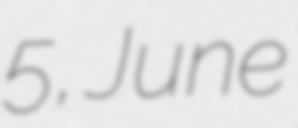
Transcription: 5, June